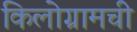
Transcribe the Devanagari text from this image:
किलोग्रामची